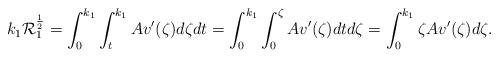
LaTeX: \begin{align*} k_1\mathcal{R}_1^{\frac{1}{2}} = \int_{0}^{k_1}\int_{t}^{k_1} Av'(\zeta)d\zeta dt = \int_{0}^{k_1}\int_{0}^{\zeta} Av'(\zeta)dt d\zeta = \int_{0}^{k_1}\zeta Av'(\zeta) d\zeta. \end{align*}